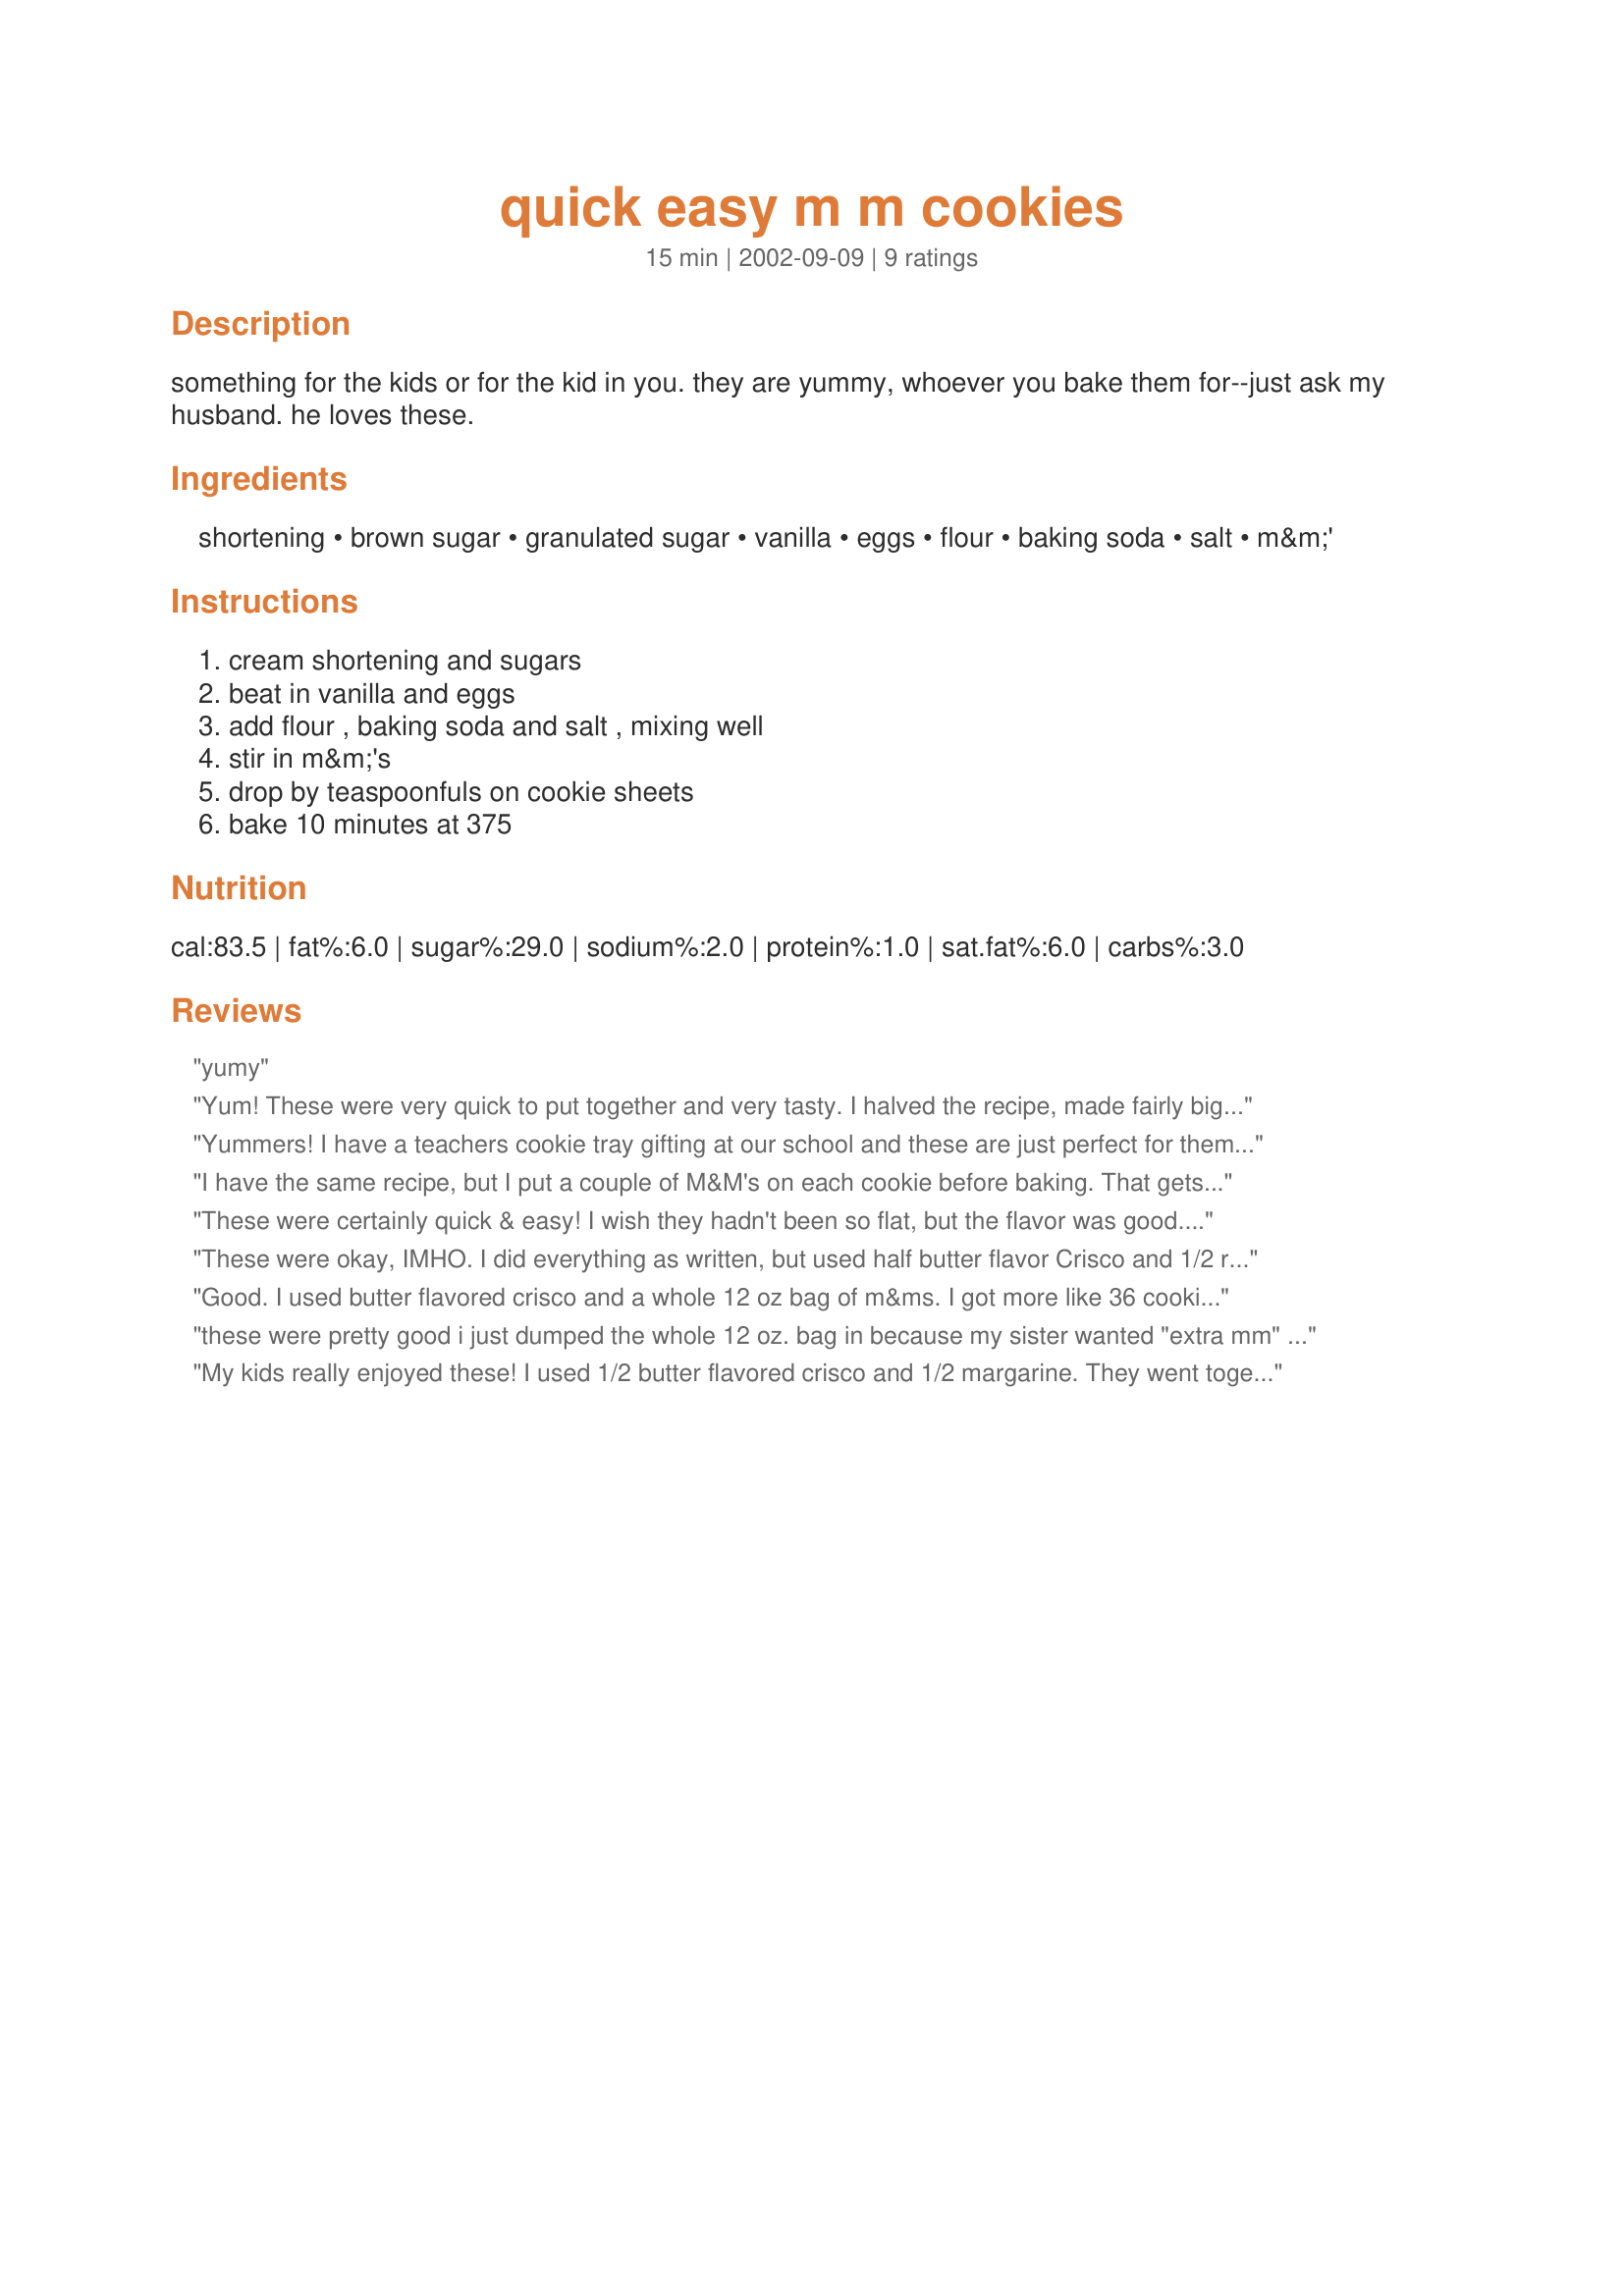
quick easy m m cookies
Preparation time: 15 minutes

something for the kids or for the kid in you. they are yummy, whoever you bake them for--just ask my husband. he loves these.

Ingredients:
shortening, brown sugar, granulated sugar, vanilla, eggs, flour, baking soda, salt, m&m'

Steps:
cream shortening and sugars, beat in vanilla and eggs, add flour , baking soda and salt , mixing well, stir in m&m's, drop by teaspoonfuls on cookie sheets, bake 10 minutes at 375

Reviews:
yumy
Yum! These were very quick to put together and very tasty. I halved the recipe, made fairly big cookies and got about 15 of them. I will definitely be making these again...thanks for posting!
Yummers! I have a teachers cookie tray gifting at our school and these are just perfect for them. Fast, easy and oh so yummy. Pretty too.
Thanks so much for sharing.
I have the same recipe, but I put a couple of M&M's on each cookie before baking. That gets a little tricky, but who cares? If they fall off I just eat 'em!!! P.S. My husband loves them, too.
These were certainly quick & easy! I wish they hadn't been so flat, but the flavor was good. Thanks!
These were okay, IMHO. I did everything as written, but used half butter flavor Crisco and 1/2 regular. I think they would be a lot better if I would have just used plain ol' butter instead of shortening. I'll have to try them that way...maybe they'll be a 5-star then. My kids ate them fine though.
Good. I used butter flavored crisco and a whole 12 oz bag of m&ms. I got more like 36 cookies using a cookie scoop.
these were pretty good i just dumped the whole 12 oz. bag in because my sister wanted "extra mm" which is annoying kid sister speak for extra m&ms. they didn't last too long around here!
My kids really enjoyed these! I used 1/2 butter flavored crisco and 1/2 margarine. They went togehter quickly as promised too! Another keeper for sure, I don't think will last long enough to make it on any cookie platters however...
